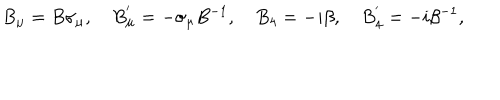
LaTeX: B _ { \mu } = B \sigma _ { \mu } , ~ B _ { \mu } ^ { ' } = - \sigma _ { \mu } B ^ { - 1 } , ~ B _ { 4 } = - i \beta , ~ B _ { 4 } ^ { ' } = - i \beta ^ { - 1 } ,